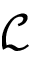
\mathcal { L }